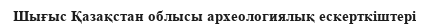
Шығыс Қазақстан облысы археологиялық ескерткіштері